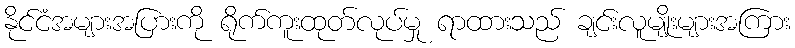
နိုင်ငံအများအပြားကို ရိုက်ကူးထုတ်လုပ်မှု ရာထားသည် ချင်းလူမျိုးများအကြား